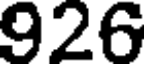
926